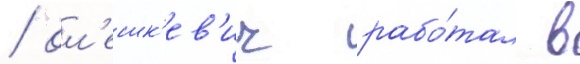
/ ол'ешк'ев'ич рабо́тал в